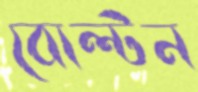
বোল্টন